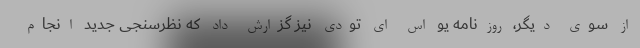
از سوی دیگر، روزنامه یو اس ای تودی نیز گزارش داد که نظرسنجی جدید انجام